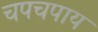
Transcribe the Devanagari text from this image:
चपचपाय